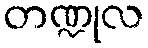
တဏ္ဍုလ